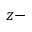
z -